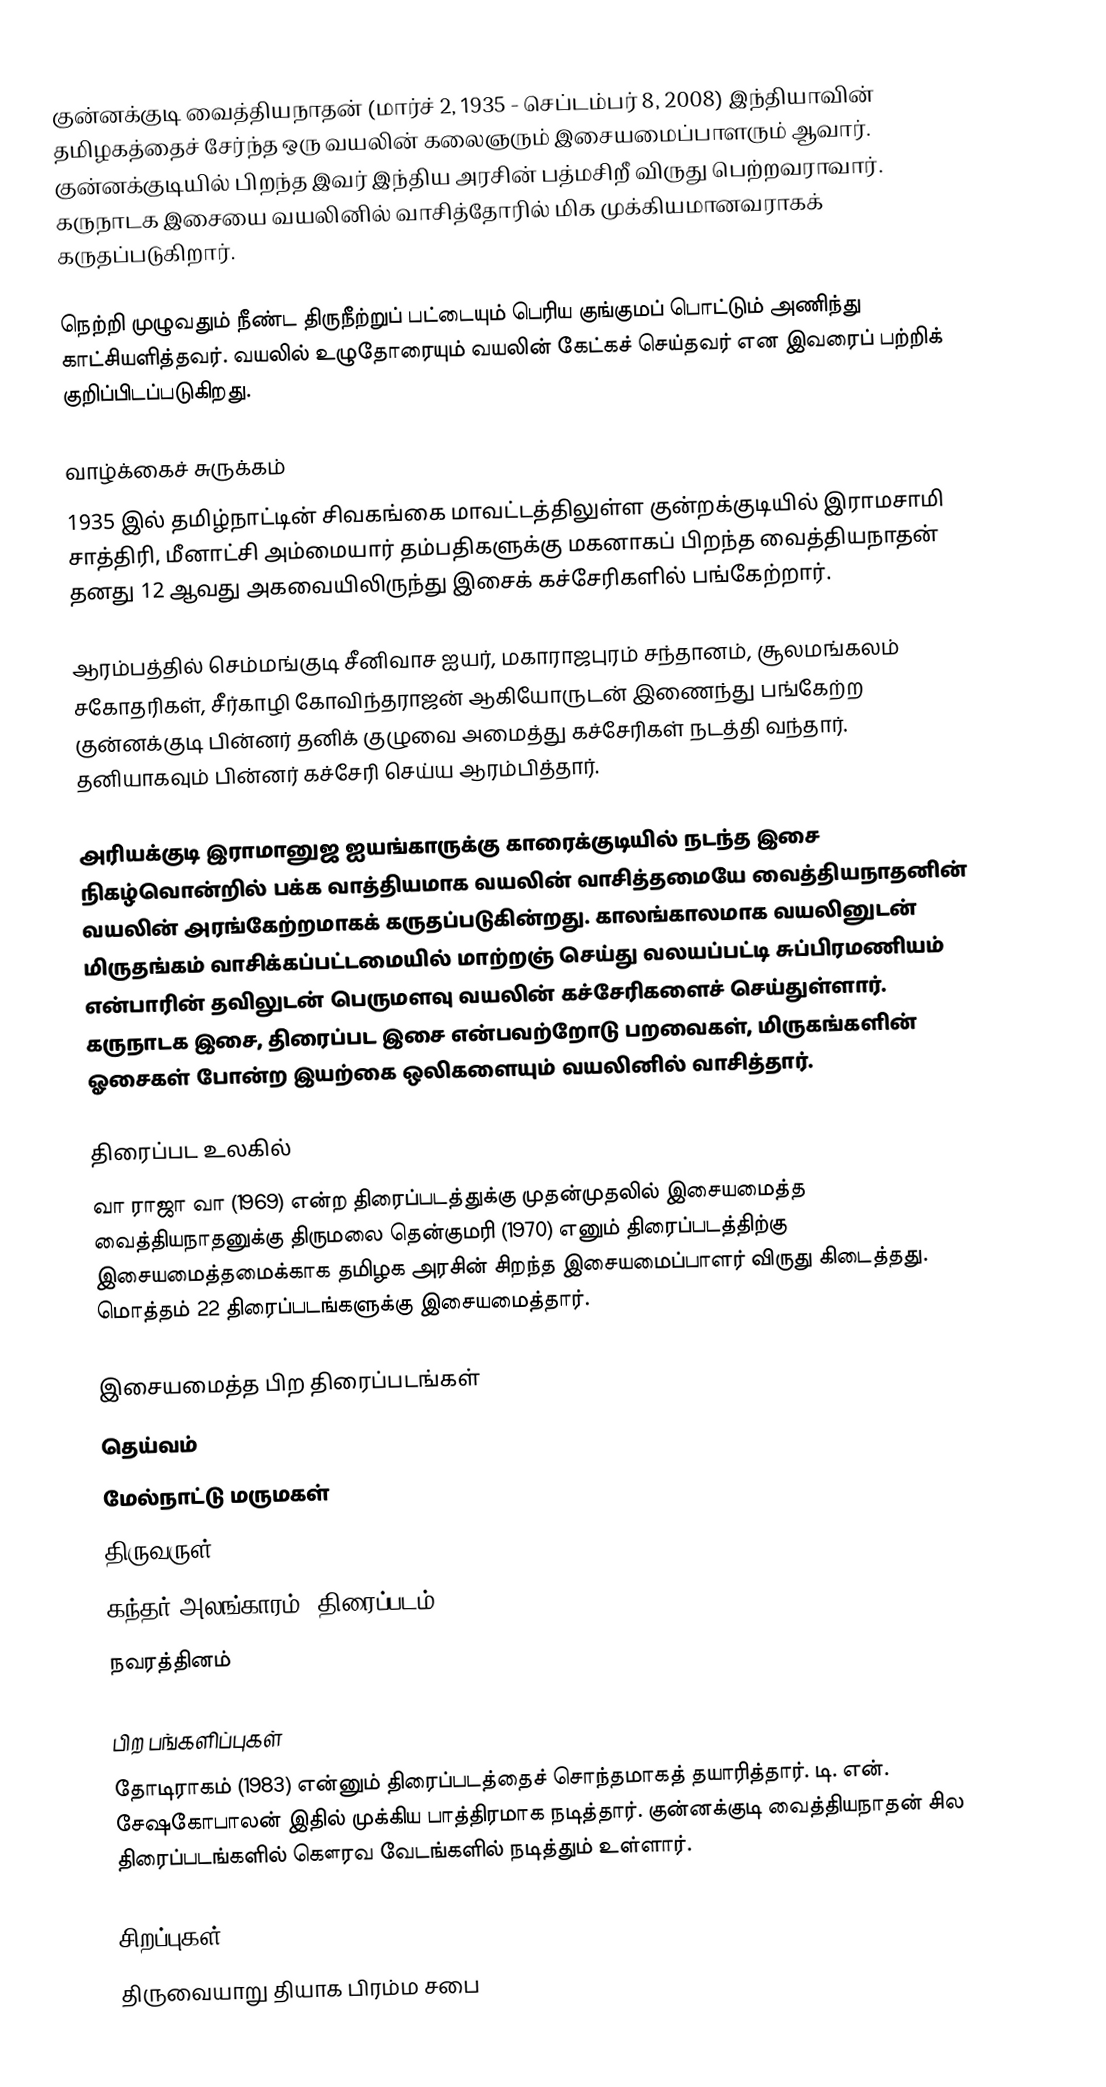
குன்னக்குடி வைத்தியநாதன் (மார்ச் 2, 1935 - செப்டம்பர் 8, 2008) இந்தியாவின் தமிழகத்தைச் சேர்ந்த ஒரு வயலின் கலைஞரும் இசையமைப்பாளரும் ஆவார். குன்னக்குடியில் பிறந்த இவர் இந்திய அரசின் பத்மசிறீ விருது பெற்றவராவார். கருநாடக இசையை வயலினில் வாசித்தோரில் மிக முக்கியமானவராகக் கருதப்படுகிறார்.

நெற்றி முழுவதும் நீண்ட திருநீற்றுப் பட்டையும் பெரிய குங்குமப் பொட்டும் அணிந்து காட்சியளித்தவர். வயலில் உழுதோரையும் வயலின் கேட்கச் செய்தவர் என இவரைப் பற்றிக் குறிப்பிடப்படுகிறது.

வாழ்க்கைச் சுருக்கம்
1935 இல் தமிழ்நாட்டின் சிவகங்கை மாவட்டத்திலுள்ள குன்றக்குடியில் இராமசாமி சாத்திரி, மீனாட்சி அம்மையார் தம்பதிகளுக்கு மகனாகப் பிறந்த வைத்தியநாதன் தனது 12 ஆவது அகவையிலிருந்து இசைக் கச்சேரிகளில் பங்கேற்றார்.

ஆரம்பத்தில் செம்மங்குடி சீனிவாச ஐயர், மகாராஜபுரம் சந்தானம், சூலமங்கலம் சகோதரிகள், சீர்காழி கோவிந்தராஜன் ஆகியோருடன் இணைந்து பங்கேற்ற குன்னக்குடி பின்னர் தனிக் குழுவை அமைத்து கச்சேரிகள் நடத்தி வந்தார். தனியாகவும் பின்னர் கச்சேரி செய்ய ஆரம்பித்தார்.

அரியக்குடி இராமானுஜ ஐயங்காருக்கு காரைக்குடியில் நடந்த இசை நிகழ்வொன்றில் பக்க வாத்தியமாக வயலின் வாசித்தமையே வைத்தியநாதனின் வயலின் அரங்கேற்றமாகக் கருதப்படுகின்றது. காலங்காலமாக வயலினுடன் மிருதங்கம் வாசிக்கப்பட்டமையில் மாற்றஞ் செய்து வலயப்பட்டி சுப்பிரமணியம் என்பாரின் தவிலுடன் பெருமளவு வயலின் கச்சேரிகளைச் செய்துள்ளார். கருநாடக இசை, திரைப்பட இசை என்பவற்றோடு பறவைகள், மிருகங்களின் ஓசைகள் போன்ற இயற்கை ஒலிகளையும் வயலினில் வாசித்தார்.

திரைப்பட உலகில்
வா ராஜா வா (1969) என்ற திரைப்படத்துக்கு முதன்முதலில் இசையமைத்த வைத்தியநாதனுக்கு திருமலை தென்குமரி (1970) எனும் திரைப்படத்திற்கு இசையமைத்தமைக்காக தமிழக அரசின் சிறந்த இசையமைப்பாளர் விருது கிடைத்தது.  மொத்தம் 22 திரைப்படங்களுக்கு இசையமைத்தார்.

இசையமைத்த பிற திரைப்படங்கள்
 தெய்வம்
 மேல்நாட்டு மருமகள்
 திருவருள்
 கந்தர் அலங்காரம் (திரைப்படம்)
 நவரத்தினம்

பிற பங்களிப்புகள்
தோடிராகம் (1983) என்னும் திரைப்படத்தைச் சொந்தமாகத் தயாரித்தார். டி. என். சேஷகோபாலன் இதில் முக்கிய பாத்திரமாக நடித்தார். குன்னக்குடி வைத்தியநாதன் சில திரைப்படங்களில் கௌரவ வேடங்களில் நடித்தும் உள்ளார்.

சிறப்புகள்
திருவையாறு தியாக பிரம்ம சபை